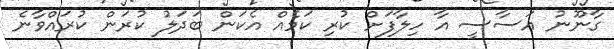
ގާނޫނު އަސާސީ އާ ހިލާފަށް ކުރި ކަމެއް އެކަން ބަދަލު ކުރަން ކުރައްވާނެ